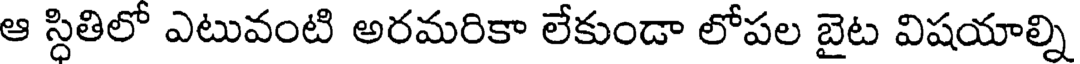
ఆ స్థితిలో ఎటువంటి అరమరికా లేకుండా లోపల బైట విషయాల్ని